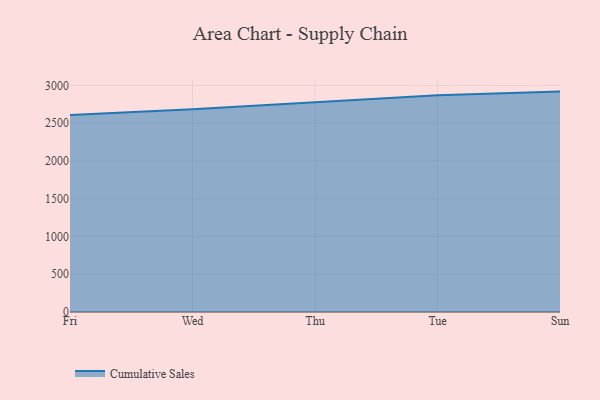
{"axis": {"x": "Day", "y": "Active Users"}, "legend": ["Cumulative Sales"], "data": [{"x": "Fri", "y": 2608.7, "type": "Cumulative Sales"}, {"x": "Wed", "y": 2685.4, "type": "Cumulative Sales"}, {"x": "Thu", "y": 2778.0, "type": "Cumulative Sales"}, {"x": "Tue", "y": 2870.6, "type": "Cumulative Sales"}, {"x": "Sun", "y": 2918.3, "type": "Cumulative Sales"}]}